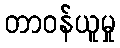
တာဝန်ယူမှု